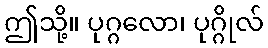
ဤသို့။ ပုဂ္ဂလော၊ ပုဂ္ဂိုလ်